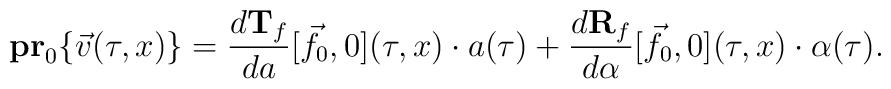
{\bf pr}_0\{\vec{v}(\tau,x)\}=\frac{d{\bf T}_f}{da}[\vec{f}_0,0](\tau,x)\cdot a(\tau) +\frac{d{\bf R}_f}{d\alpha}[\vec{f}_0,0](\tau,x)\cdot\alpha(\tau).